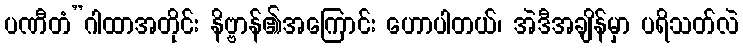
ပဏီတံ”ဂါထာအတိုင်း နိဗ္ဗာန်၏အကြောင်း ဟောပါတယ်၊ အဲဒီအချိန်မှာ ပရိသတ်လဲ